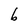
Character: b